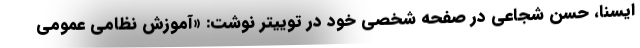
ایسنا، حسن شجاعی در صفحه شخصی خود در توییتر نوشت: «آموزش نظامی عمومی